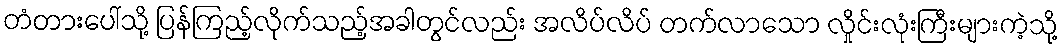
တံတားပေါ်သို့ ပြန်ကြည့်လိုက်သည့်အခါတွင်လည်း အလိပ်လိပ် တက်လာသော လှိုင်းလုံးကြီးများကဲ့သို့